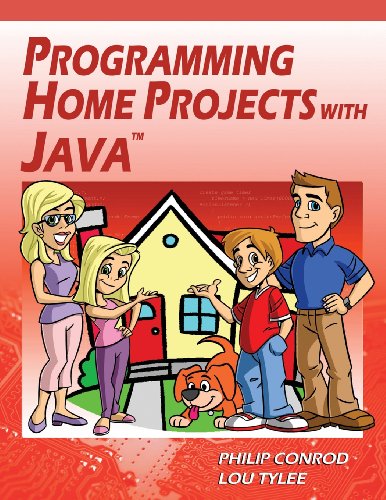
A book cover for Programming Home Projects with Java; Philip Conrod; Children's Books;